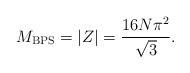
LaTeX: \begin{align*}M_{\mathrm{BPS}} = \left| Z \right| = \frac{16 N \pi^2}{\sqrt{3}}.\end{align*}